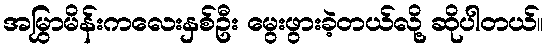
အမြွှာမိန်းကလေးနှစ်ဦး မွေးဖွားခဲ့တယ်လို့ ဆိုပါတယ်။